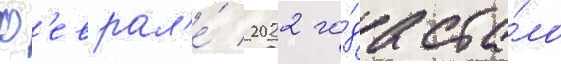
ф'еврал'е́ 2022 го́да ста́ло